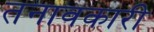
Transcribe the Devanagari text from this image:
तनावकारी